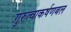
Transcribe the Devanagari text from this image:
गुरुत्वाकर्षणबल